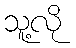
သူ့လို